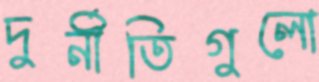
দুর্নীতিগুলো